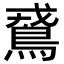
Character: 𪀵